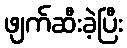
ဖျက်ဆီးခဲ့ပြီး